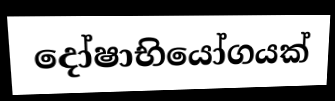
දෝෂාභියෝගයක්